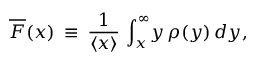
\overline { { F } } ( x ) \: \equiv \: \frac { 1 } { \left\langle { x } \right\rangle } \, \int _ { x } ^ { \infty } \! \! \, y \, \rho ( y ) \, d y ,